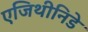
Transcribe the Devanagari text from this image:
एजिथीनिडे